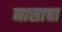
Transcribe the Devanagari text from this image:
नासाचा